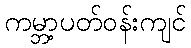
ကမ္ဘာ့ပတ်ဝန်းကျင်